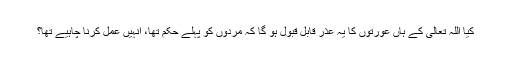
کیا اللہ تعالیٰ کے ہاں عورتوں کا یہ عذر قابل قبول ہو گا کہ مردوں کو پہلے حکم تھا، انہیں عمل کرنا چاہیے تھا؟